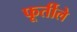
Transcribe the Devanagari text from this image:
फूर्तीले